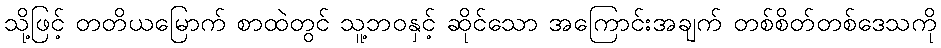
သို့ဖြင့် တတိယမြောက် စာထဲတွင် သူ့ဘဝနှင့် ဆိုင်သော အကြောင်းအချက် တစ်စိတ်တစ်ဒေသကို